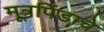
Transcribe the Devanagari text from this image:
मूत्रपिंडाचे